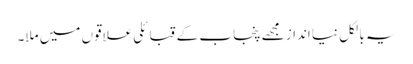
یہ بالکل نیا انداز مجھے پنجاب کے قبائلی علاقوں میں ملا۔